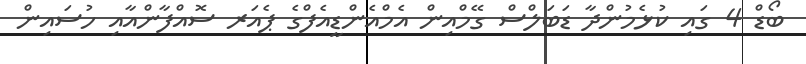
ބޯޑް 4 ގައި ކުޅެމުންދާ ޑަބަލްސް ގޭމްއިން އެމްއެންޑީއެފްގެ ޕެއަރ ސޮއްފާންއާއި ހުސައިން